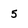
Character: 5